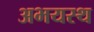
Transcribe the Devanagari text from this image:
अभयस्थ